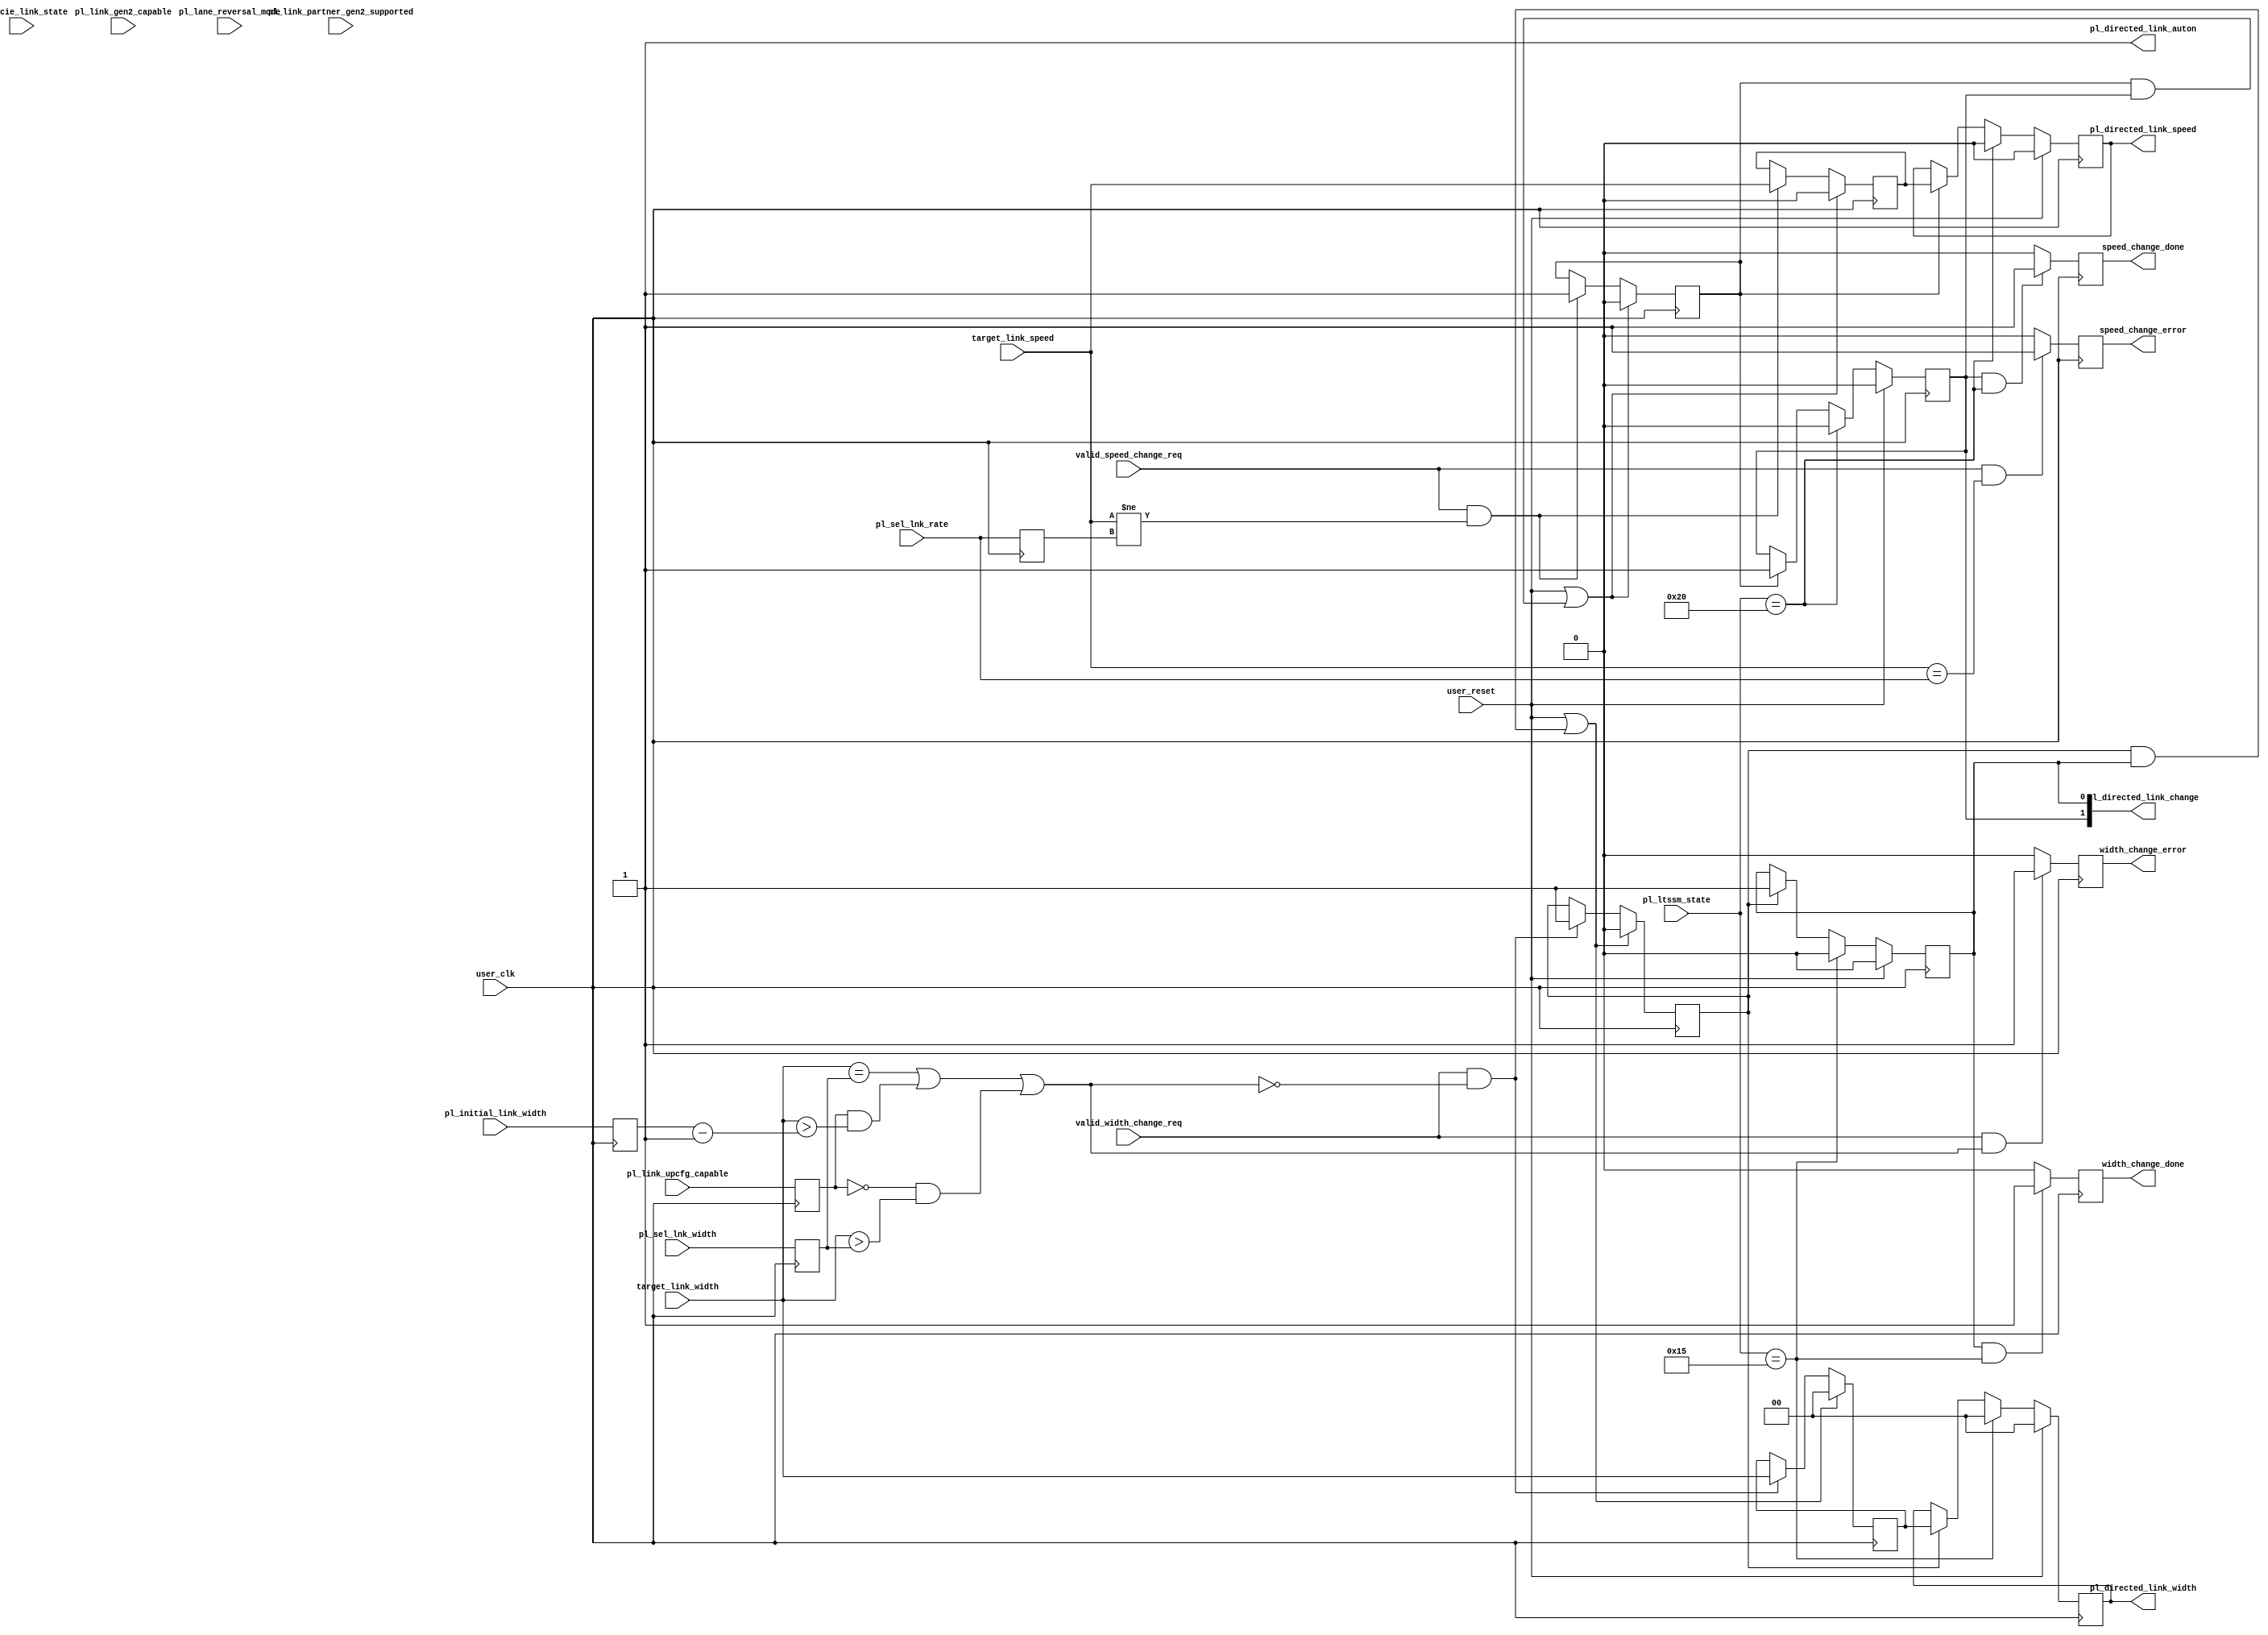
//-----------------------------------------------------------------------------
//
// (c) Copyright 2012-2013 Xilinx, Inc. All rights reserved.
//
// This file contains confidential and proprietary information of Xilinx, Inc.
// and is protected under U.S. and international copyright and other
// intellectual property laws.
//
// DISCLAIMER
//
// This disclaimer is not a license and does not grant any rights to the
// materials distributed herewith. Except as otherwise provided in a valid
// license issued to you by Xilinx, and to the maximum extent permitted by
// applicable law: (1) THESE MATERIALS ARE MADE AVAILABLE "AS IS" AND WITH ALL
// FAULTS, AND XILINX HEREBY DISCLAIMS ALL WARRANTIES AND CONDITIONS, EXPRESS,
// IMPLIED, OR STATUTORY, INCLUDING BUT NOT LIMITED TO WARRANTIES OF
// MERCHANTABILITY, NON-INFRINGEMENT, OR FITNESS FOR ANY PARTICULAR PURPOSE;
// and (2) Xilinx shall not be liable (whether in contract or tort, including
// negligence, or under any other theory of liability) for any loss or damage
// of any kind or nature related to, arising under or in connection with these
// materials, including for any direct, or any indirect, special, incidental,
// or consequential loss or damage (including loss of data, profits, goodwill,
// or any type of loss or damage suffered as a result of any action brought by
// a third party) even if such damage or loss was reasonably foreseeable or
// Xilinx had been advised of the possibility of the same.
//
// CRITICAL APPLICATIONS
//
// Xilinx products are not designed or intended to be fail-safe, or for use in
// any application requiring fail-safe performance, such as life-support or
// safety devices or systems, Class III medical devices, nuclear facilities,
// applications related to the deployment of airbags, or any other
// applications that could lead to death, personal injury, or severe property
// or environmental damage (individually and collectively, "Critical
// Applications"). Customer assumes the sole risk and liability of any use of
// Xilinx products in Critical Applications, subject only to applicable laws
// and regulations governing limitations on product liability.
//
// THIS COPYRIGHT NOTICE AND DISCLAIMER MUST BE RETAINED AS PART OF THIS FILE
// AT ALL TIMES.

// ----------------------------------------------------------------------------

//-----------------------------------------------------------------------------
// MODULE 
//-----------------------------------------------------------------------------

module pcie_pl_control (
  input   [5:0]       pl_ltssm_state,
  input   [2:0]       pl_initial_link_width,
  input               pl_link_upcfg_capable,
  input               pl_link_gen2_capable,
  input               pl_link_partner_gen2_supported,
  input   [2:0]       cfg_pcie_link_state,
  input   [1:0]       pl_lane_reversal_mode,
//  input               hw_auton_width_disable,

  input   [1:0]       target_link_width,
  input               valid_width_change_req,
  output reg          width_change_done = 1'b0,
  output reg          width_change_error = 1'b0,
  input               target_link_speed,
  input               valid_speed_change_req,
  output reg          speed_change_done = 1'b0,
  output reg          speed_change_error = 1'b0,
  
  input               pl_sel_lnk_rate,
  input   [1:0]       pl_sel_lnk_width,

  output              pl_directed_link_speed,
  output  [1:0]       pl_directed_link_width,
  output  [1:0]       pl_directed_link_change,
  output              pl_directed_link_auton,

  input               user_reset,
  input               user_clk  

);

  //-LTSSM States to be checked against for success of link width and speed
  //change operation
  localparam  REC_IDLE  = 6'h20;
  localparam  CFG_IDLE  = 6'h15;

  reg         change_link_width = 1'b0;
  reg         change_link_speed = 1'b0;
  
  reg [1:0]   change_width =2 'd0;
  reg         change_speed = 1'b0;
  reg         speed_req = 1'b0;
  reg         width_req = 1'b0;

  reg         tgt_speed = 1'b0;
  reg [1:0]   tgt_width = 2'd0;      

  reg [5:0]   pl_ltssm_state_r  = 6'd0;
  reg [1:0]   pl_sel_lnk_width_r  = 2'b00;
  reg         pl_lnk_upcfg_capable_r  = 1'b0;
  reg [2:0]   pl_initial_link_width_r = 3'd0;
//  reg [1:0]   cfg_pmcsr_powerstate_r = 2'd0;
  reg         pl_sel_lnk_rate_r = 1'b0;
  reg         pl_link_gen2_capable_r  = 1'b0;
  reg         pl_link_partner_gen2_supported_r  = 1'b0;

  wire        invalid_width;

    //- Register PCIe block outputs to ease timing
  always @(posedge user_clk)
  begin
    pl_ltssm_state_r  <= pl_ltssm_state;
    pl_sel_lnk_width_r  <= pl_sel_lnk_width;
    pl_lnk_upcfg_capable_r  <= pl_link_upcfg_capable;
    pl_initial_link_width_r  <= pl_initial_link_width;
//    cfg_pmcsr_powerstate_r  <= cfg_pmcsr_powerstate;
    pl_sel_lnk_rate_r <= pl_sel_lnk_rate;
    pl_link_gen2_capable_r  <= pl_link_gen2_capable;
    pl_link_partner_gen2_supported_r  <= pl_link_partner_gen2_supported;
  end


  /*
   *  The directed width change request is considered invalid when
        - target width is equal to the current width
        - link is upconfigure capable ut requested width > initial width
        - link is not upconfigure capable and requested width is greater
        than current width
   */

  assign invalid_width = (target_link_width == pl_sel_lnk_width_r) |
  (pl_lnk_upcfg_capable_r & (target_link_width > (pl_initial_link_width_r-1'b1))) |
  (!pl_lnk_upcfg_capable_r & (target_link_width > pl_sel_lnk_width_r));

    //- internal request latching for speed change
  always @(posedge user_clk) 
    if (user_reset | (speed_req & change_link_speed))
    begin
      speed_req <= 1'b0;
      tgt_speed <= 1'b0;
    end
    else if (valid_speed_change_req & (target_link_speed != pl_sel_lnk_rate_r))
    begin
      speed_req <= 1'b1;
      tgt_speed <= target_link_speed;  
    end

    //- Speed change logic
  always @(posedge user_clk)
    if (user_reset)
    begin
      change_speed  <= 1'b0;
      change_link_speed <= 1'b0;
    end
    else if (pl_ltssm_state == REC_IDLE)
    begin
      change_speed  <= 1'b0;
      change_link_speed <= 1'b0;
    end
    else if (speed_req)
    begin
      change_speed  <= tgt_speed;
      change_link_speed <= speed_req;
    end
  
    //- latch the width request internally
  always @(posedge user_clk)
    if (user_reset | (width_req & change_link_width))
    begin
      width_req <= 1'b0;
      tgt_width <= 2'b00;
    end
    else if (valid_width_change_req & ~invalid_width)
    begin
      width_req <= 1'b1;
      tgt_width <= target_link_width;
    end
  
  //- Width change logic
  always @(posedge user_clk)
    if (user_reset)
    begin
      change_width  <= 2'b00;
      change_link_width <= 1'b0;
    end
    else if (pl_ltssm_state == CFG_IDLE)
    begin
      change_width  <= 2'b00;
      change_link_width <= 1'b0;
    end
    else if (width_req)
    begin
      change_width  <= tgt_width;
      change_link_width <= 1'b1;
    end
  
  //- Drive the PCIe block inputs
  assign pl_directed_link_auton = 1'b1;
  assign pl_directed_link_width = change_width;
  assign pl_directed_link_speed = change_speed;
  assign pl_directed_link_change = {change_link_speed, change_link_width};

  //- build outputs to indicate successful completion
  always @(posedge user_clk)
  begin
    if (change_link_width & (pl_ltssm_state == CFG_IDLE))
      width_change_done <= 1'b1;
    else
      width_change_done <= 1'b0;

    if (change_link_speed & (pl_ltssm_state == REC_IDLE))
      speed_change_done <= 1'b1;
    else
      speed_change_done <= 1'b0;
  end
 
  //- build output to indicate error
  always @(posedge user_clk)
  begin
    if (valid_width_change_req & invalid_width)
      width_change_error  <= 1'b1;
    else
      width_change_error  <= 1'b0;

    if (valid_speed_change_req & (target_link_speed == pl_sel_lnk_rate))
      speed_change_error  <= 1'b1;
    else  
      speed_change_error  <= 1'b0;
  end
 
endmodule